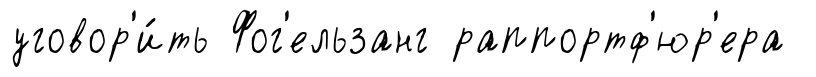
уговор'и́ть Фог'ельзанг раппортф'юр'ера